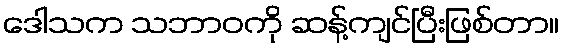
ဒေါသက သဘာဝကို ဆန့်ကျင်ပြီးဖြစ်တာ။